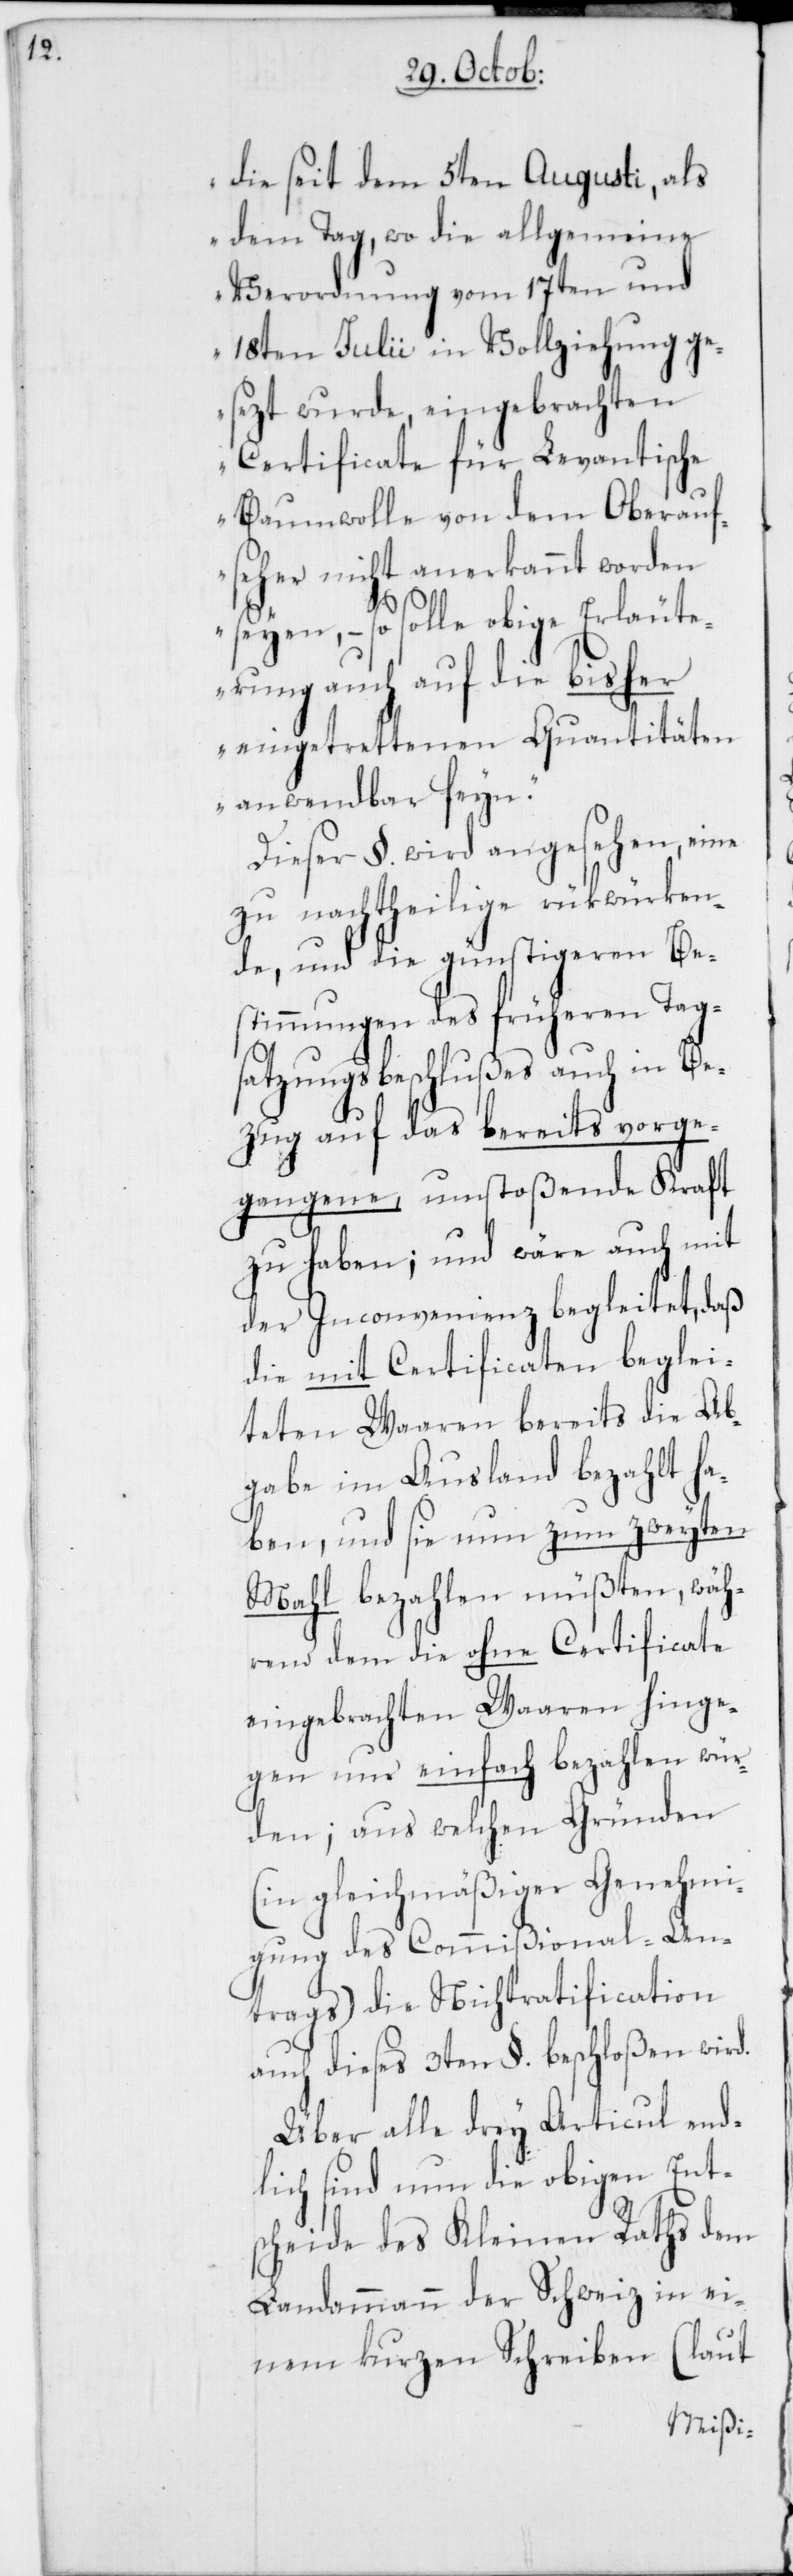
die seit dem 5ten Augusti, als
dem Tag, wo die allgemeine
Verordnung vom 17ten und
18ten Julii in Vollziehung ge¬
sezt wurde, eingebrachten
Certificate für Levantische
Baumwolle von dem Oberauf¬
seher nicht anerkannt worden
seyen, – so solle obige Erläute¬
rung auch auf die bisher
eingetrettenen Quantitäten
anwendbar sein.“
Dieser §. wird angesehen, eine
zu nachtheilige rükwürken¬
de, und die günstigeren Be¬
stimmungen des früheren Tag¬
satzungsbeschlußes auch in Be¬
zug auf das bereits vorge¬
gangene, umstoßende Kraft
zu haben; und wäre auch mit
der Inconvenienz begleitet, daß
die mit Certificaten beglei¬
teten Waaren bereits die Ab¬
gabe im Ausland bezahlt ha¬
ben, und sie nun zum zweyten
Mahl bezahlen müßten, wäh¬
rend dem die ohne Certificate
eingebrachten Waaren hinge¬
gen nur einfach bezahlen wür¬
den; aus welchen Gründen
(in gleichmäßiger Genehmi¬
gung des Commißional-An¬
trags) die Nichtratification
auch dieses 3ten §. beschloßen wird.
Über alle drey Articul end¬
lich sind nun die obigen Ents¬
cheide des Kleinen Raths dem
Landammann der Schweiz in ei¬
nem kurzen Schreiben (laut